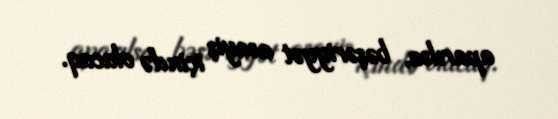
aparılsa, bəşəriyyət asayiş içində olacaq.